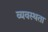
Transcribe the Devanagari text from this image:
व्यवस्थता